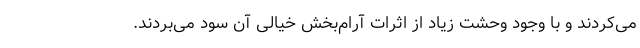
می‌کردند و با وجود وحشت زیاد از اثرات آرام‌بخش خیالی آن سود می‌بردند.